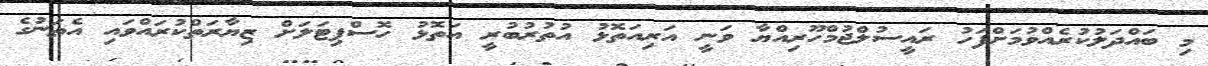
މި ބައްދަލުކުރެއްްވުމަށްފަހު ރައީސުލްޖުމްހޫރިއްޔާ ވަނީ އަރިއަތޮޅު އުތުރުބުރީ އަތޮޅު ހޮސްޕިޓަލަށް ޒިޔާރަތްކުރައްވައި އެތަނުގެ